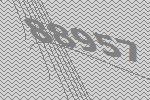
88957